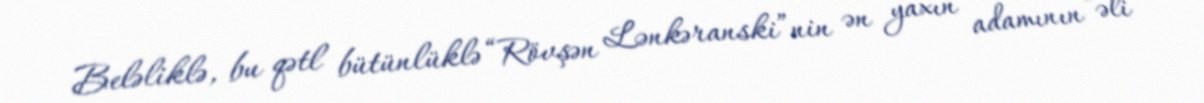
Beləliklə, bu qətl bütünlüklə “Rövşən Lənkəranski”nin ən yaxın adamının “əli